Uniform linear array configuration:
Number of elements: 32
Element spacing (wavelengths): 0.5
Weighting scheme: exponential
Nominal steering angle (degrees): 45
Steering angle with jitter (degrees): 46.069
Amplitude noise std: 0.05
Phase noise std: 0.05

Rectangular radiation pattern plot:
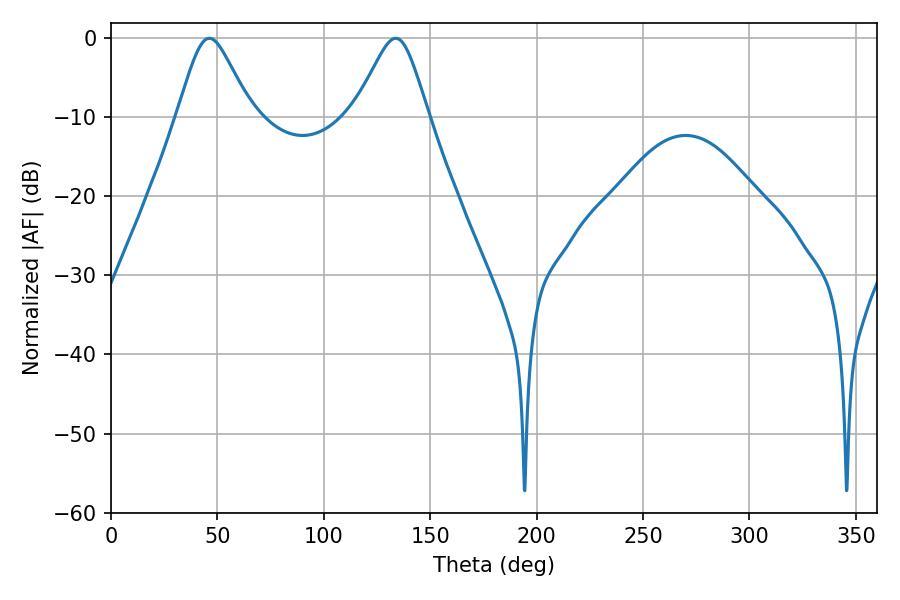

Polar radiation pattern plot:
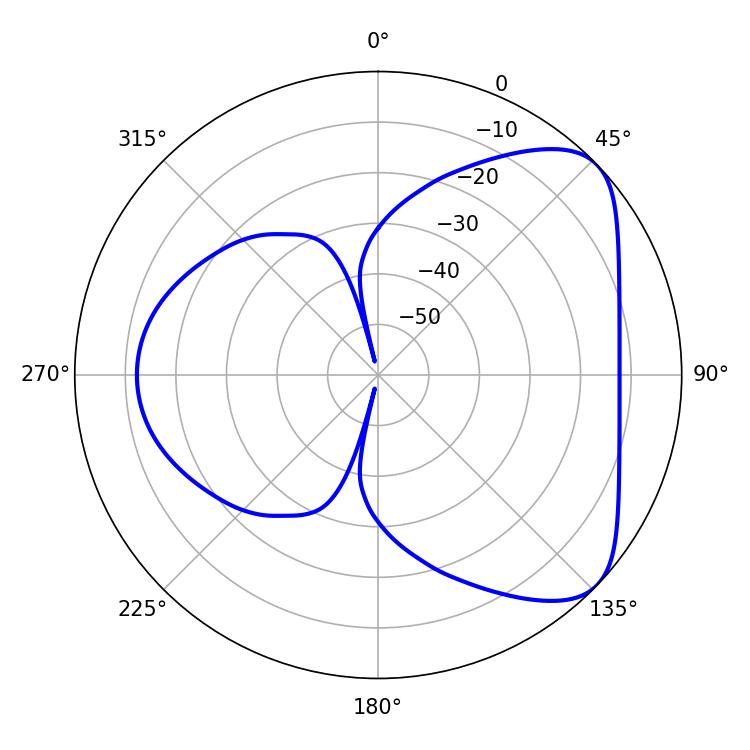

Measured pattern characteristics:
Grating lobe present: FALSE
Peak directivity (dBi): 5.928
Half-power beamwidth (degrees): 16.74
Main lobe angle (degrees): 46.26